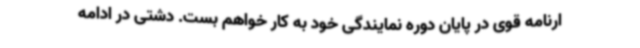
ارنامه قوی در پایان دوره نمایندگی خود به کار خواهم بست. دشتی در ادامه